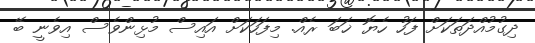
ދިގުމުއްދަތަކަށް ފަހު ހެޔޮ ޚަބަ ރެއް. މިފަހަކަށް އައިސް މުޅިންވެސް އިވެނީ ބޭ